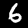
Label: 6